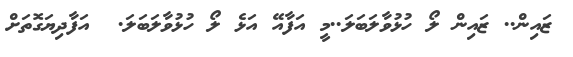
ޒައިން.. ޒައިން ލޯ ހުޅުވާލަބަލަ..މީ އަފާއޭ އަޅެ ލޯ ހުޅުވާލަބަލަ.  އަފާދިޔަގޮތަށް